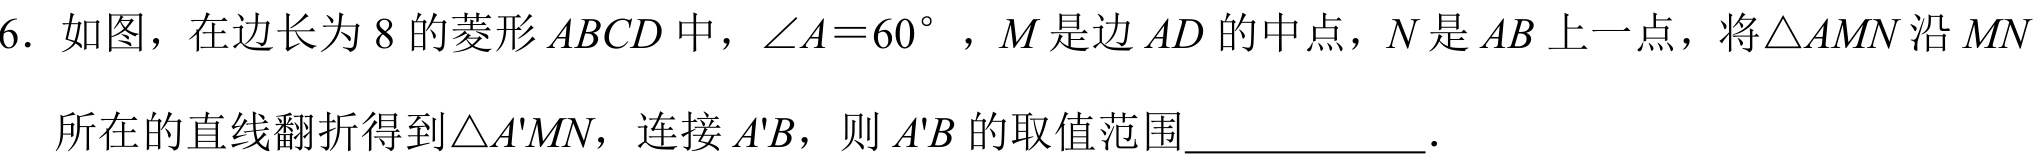
6. 如图，在边长为8的菱形\(ABCD\)中，\(\angle A = 60^{\circ}\)，\(M\)是边\(AD\)的中点，\(N\)是\(AB\)上一点，将\(\triangle AMN\)沿\(MN\)所在的直线翻折得到\(\triangle A'MN\)，连接\(A'B\)，则\(A'B\)的取值范围  ．